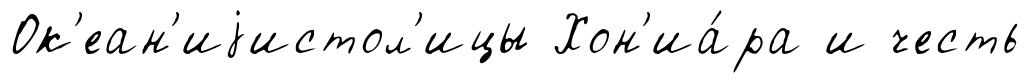
Ок'еан'иjистол'ицы Хон'иа́ра и честь